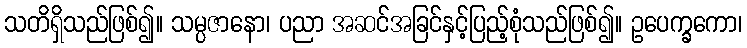
သတိရှိသည်ဖြစ်၍။ သမ္ပဇာနော၊ ပညာ အဆင်အခြင်နှင့်ပြည့်စုံသည်ဖြစ်၍။ ဥပေက္ခကော၊